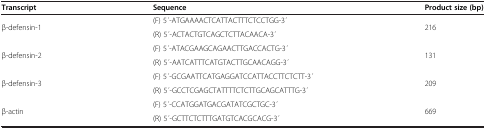
<table><thead><tr><td><b>Transcript</b></td><td><b>Sequence</b></td><td><b>Product size (bp)</b></td></tr></thead><tbody><tr><td rowspan="2">β-defensin-1</td><td>(F) 5 ́-ATGAAAACTCATTACTTTCTCCTGG-3 ́</td><td rowspan="2">216</td></tr><tr><td>(R) 5 ́-ACTACTGTCAGCTCTTACAACA-3 ́</td></tr><tr><td rowspan="2">β-defensin-2</td><td>(F) 5 ́-ATACGAAGCAGAACTTGACCACTG-3 ́</td><td rowspan="2">131</td></tr><tr><td>(R) 5 ́-AATCATTTCATGTACTTGCAACAGG-3 ́</td></tr><tr><td rowspan="2">β-defensin-3</td><td>(F) 5 ́-GCGAATTCATGAGGATCCATTACCTTCTCTT-3 ́</td><td rowspan="2">209</td></tr><tr><td>(R) 5 ́-GCCTCGAGCTATTTTCTCTTGCAGCATTTG-3 ́</td></tr><tr><td rowspan="2">β-actin</td><td>(F) 5 ́-CCATGGATGACGATATCGCTGC-3 ́</td><td rowspan="2">669</td></tr><tr><td>(R) 5 ́-GCTTCTCTTTGATGTCACGCACG-3 ́</td></tr></tbody></table>